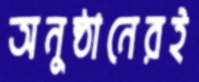
অনুষ্ঠানেরই